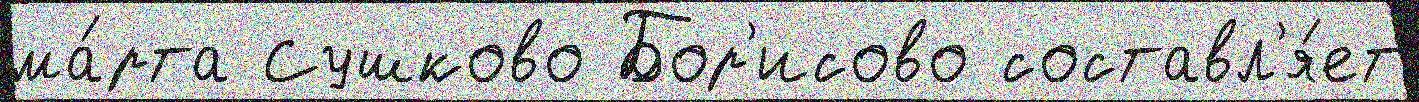
ма́рта Сушково Бор'исово составл'я́ет